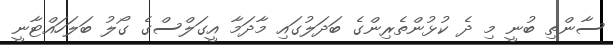
ސާންތި ބުނީ މި ދެ ކުޅުންތެރިންގެ ބަދަލުގައި މާދަމާ އީގަލްސްގެ ގޯލު ބަލަހައްޓާނީ